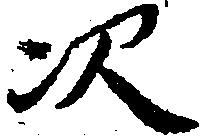
次